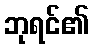
ဘုရင်၏